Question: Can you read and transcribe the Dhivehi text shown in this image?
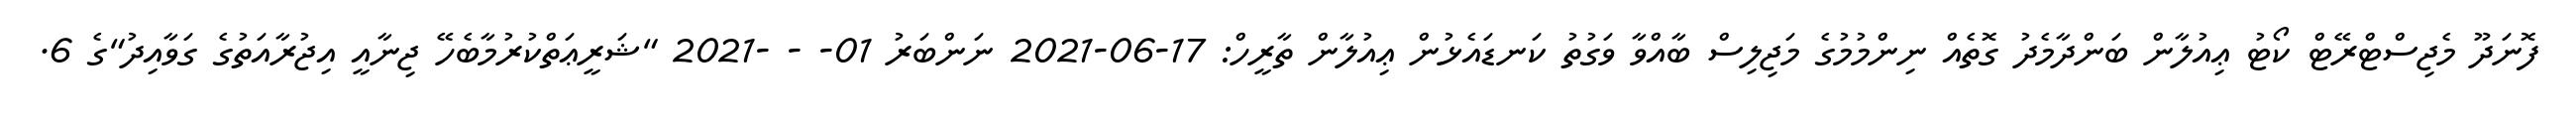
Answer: ފޮނަދޫ މެޖިސްޓްރޭޓް ކޯޓު ޢިއުލާން ބަންދާމެދު ގޮތެއް ނިންމުމުގެ މަޖިލިސް ބާއްވާ ވަގުތު ކަނޑައެޅުން ޢިއުލާން ތާރީހް: 17-06-2021 ނަންބަރު 01- - -2021 "ޝަރީޢަތްކުރުމާބެހޭ ޖިނާއީ އިޖުރާއަތުގެ ގަވާއިދު"ގެ 6.